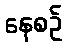
နေစဉ်